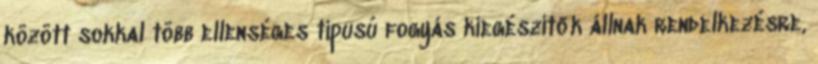
között sokkal több ellenséges típusú fogyás kiegészítők állnak rendelkezésre,